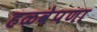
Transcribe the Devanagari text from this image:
हळवेपणा